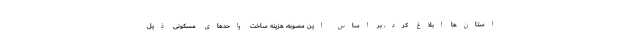
استان‌ها ابلاغ کرد. بر اساس این مصوبه، هزینه ساخت واحدهای مسکونی ذیل